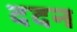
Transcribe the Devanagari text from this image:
ददन